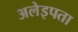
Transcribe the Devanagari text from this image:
अलेइपता